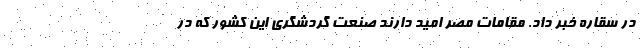
در سقاره خبر داد. مقامات مصر امید دارند صنعت گردشگری این کشور که در